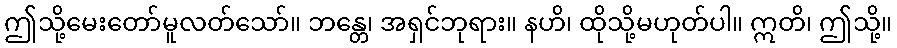
ဤသို့မေးတော်မူလတ်သော်။ ဘန္တေ၊ အရှင်ဘုရား။ နဟိ၊ ထိုသို့မဟုတ်ပါ။ ဣတိ၊ ဤသို့။